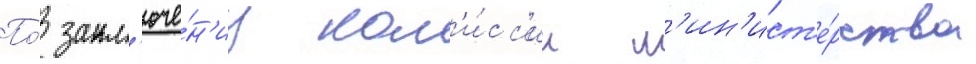
По́ закл'юче́н'иу ком'и́сс'ии м'ин'ист'е́рства